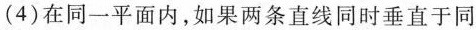
(4)在同一平面内，如果两条直线同时垂直于同